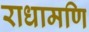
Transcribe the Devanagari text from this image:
राधामणि